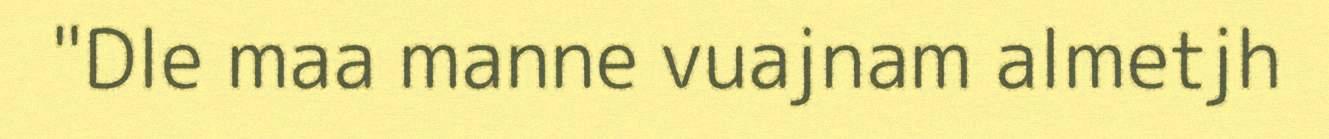
"Dle maa manne vuajnam almetjh